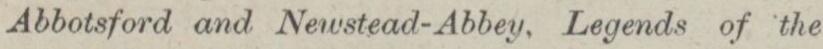
Abbotsford and Newstead-Abbey, Legends of the